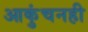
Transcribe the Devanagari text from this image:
आकुंचनही